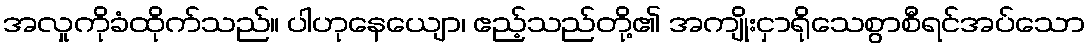
အလှုကိုခံထိုက်သည်။ ပါဟုနေယျော၊ ဧည့်သည်တို့၏ အကျိုးငှာရိုသေစွာစီရင်အပ်သော